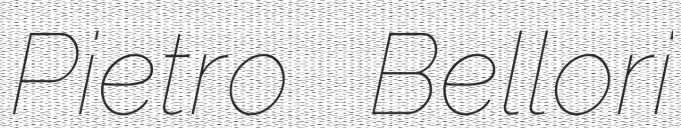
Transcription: Pietro Bellori